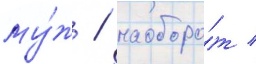
му́ж / наоборо́т /